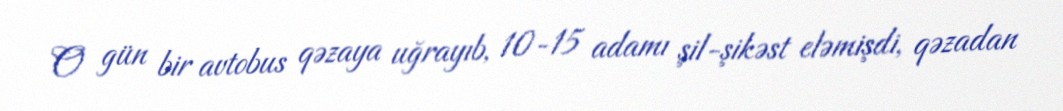
O gün bir avtobus qəzaya uğrayıb, 10-15 adamı şil-şikəst eləmişdi, qəzadan